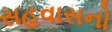
સહવાસનો